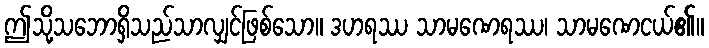
ဤသို့သဘောရှိသည်သာလျှင်ဖြစ်သော။ ဒဟရဿ သာမဏေရဿ၊ သာမဏေငယ်၏။